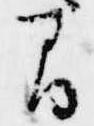
間